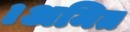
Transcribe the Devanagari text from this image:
।अमित